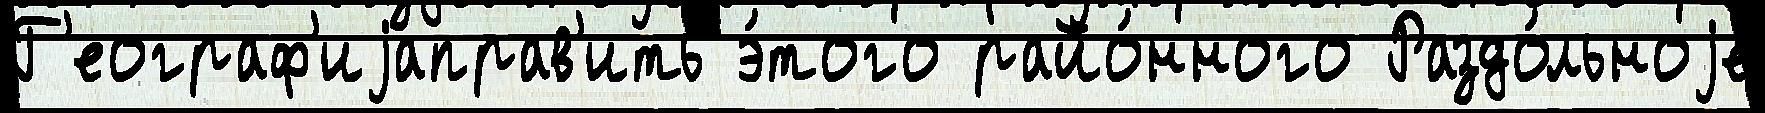
Г'еограф'иjаправ'ить э́того райо́нного Раздо́льноjе